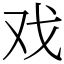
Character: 戏